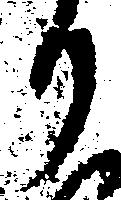
り